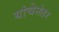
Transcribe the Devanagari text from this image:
यांचेनंतर